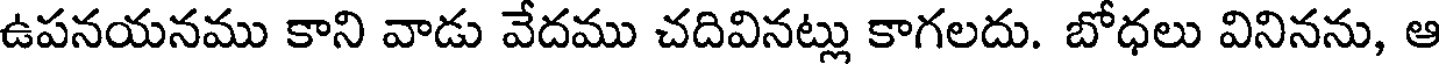
ఉపనయనము కాని వాడు వేదము చదివినట్లు కాగలదు. బోధలు వినినను, ఆ